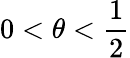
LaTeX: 0<\theta<\frac{1}{2}